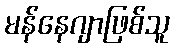
မန်နေဂျာဖြစ်သူ